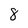
Character: 8